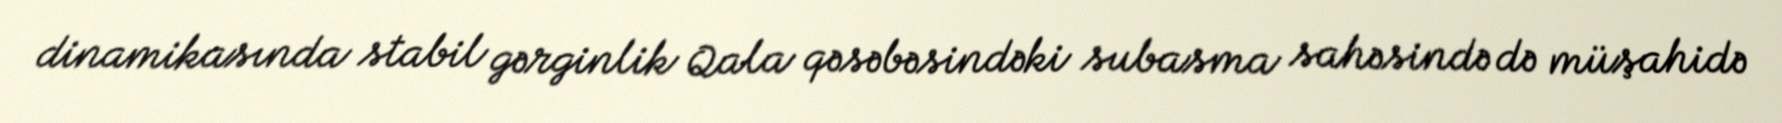
dinamikasında stabil gərginlik Qala qəsəbəsindəki subasma sahəsində də müşahidə